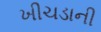
ખીચડાની